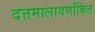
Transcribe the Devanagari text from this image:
दत्तमालावर्णांकित